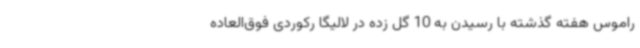
راموس هفته گذشته با رسیدن به 10 گل زده در لالیگا رکوردی فوق‌العاده